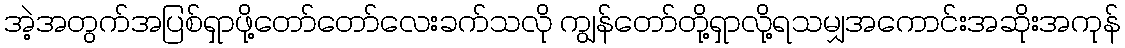
အဲ့အတွက်အပြစ်ရှာဖို့တော်တော်လေးခက်သလို ကျွန်တော်တို့ရှာလို့ရသမျှအကောင်းအဆိုးအကုန်